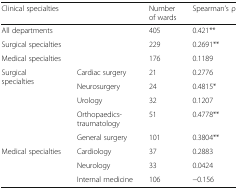
<table><thead><tr><td colspan="2"><b>Clinical specialties</b></td><td><b>Number of wards</b></td><td><b>Spearman’s ρ</b></td></tr></thead><tbody><tr><td colspan="2">All departments</td><td>405</td><td>0.421**</td></tr><tr><td colspan="2">Surgical specialties</td><td>229</td><td>0.2691**</td></tr><tr><td colspan="2">Medical specialties</td><td>176</td><td>0.1189</td></tr><tr><td rowspan="5">Surgical specialties</td><td>Cardiac surgery</td><td>21</td><td>0.2776</td></tr><tr><td>Neurosurgery</td><td>24</td><td>0.4815*</td></tr><tr><td>Urology</td><td>32</td><td>0.1207</td></tr><tr><td>Orthopaedics-traumatology</td><td>51</td><td>0.4778**</td></tr><tr><td>General surgery</td><td>101</td><td>0.3804**</td></tr><tr><td rowspan="3">Medical specialties</td><td>Cardiology</td><td>37</td><td>0.2883</td></tr><tr><td>Neurology</td><td>33</td><td>0.0424</td></tr><tr><td>Internal medicine</td><td>106</td><td>−0.156</td></tr></tbody></table>